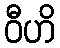
ဝီဟိ